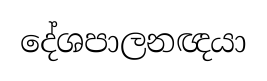
දේශපාලනඥයා